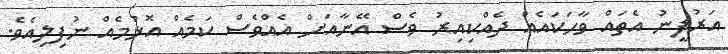
އަރުފީނު އެތައް ވާހަކައެއް ދެއްކިއިރު ވެސް އޭނާއަށް އެއްވެސް ކަމެއް އޮޅުމެއް ނުފިލިއެވެ.